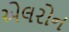
એલરોન